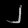
Digit: ၂